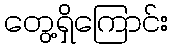
တွေ့ရှိကြောင်း